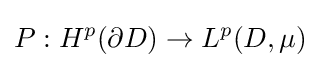
P:H^{p}(\partial D)\to L^{p}(D,\mu )